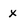
Character: x